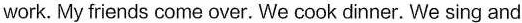
work. My friends come over. We cook dinner. We sing and